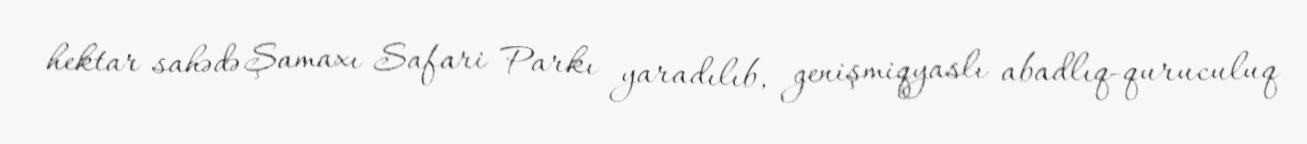
hektar sahədə Şamaxı Safari Parkı yaradılıb, genişmiqyaslı abadlıq-quruculuq